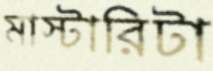
মাস্টারিটা